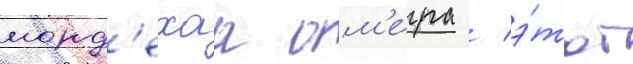
морд'ехаа ом'ера / э́тот